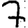
Digit: 7